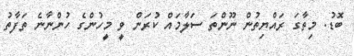
ބޮޑު. މިތާގަ ރައްޔިތުން ނޫންތަ ސަލާމައް ކުރަން ވީ މީހުންގެ ހުންނާނެ ތަފާތު